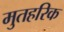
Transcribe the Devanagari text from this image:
मुतहरिक